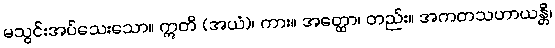
မသွင်းအပ်သေးသော။ ဣတိ (အယံ)၊ ကား။ အတ္ထော၊ တည်း။ အကတသဟာယန္တိ၊